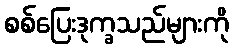
စစ်ပြေးဒုက္ခသည်များကို